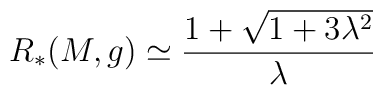
R_* (M,g) \simeq \frac{1 + \sqrt{1+3 \lambda^2}}{\lambda}